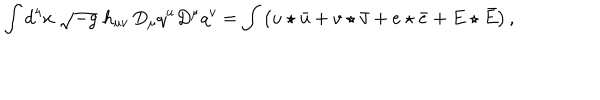
\int d ^ { 4 } x \; \sqrt { - g } \; h _ { u v } \, D _ { \mu } q ^ { u } D ^ { \mu } q ^ { v } = \int \left( u \star \bar { u } + v \star \bar { v } + e \star \bar { e } + E \star \bar { E } \right) ,